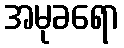
အမုခရော